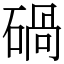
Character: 碢